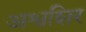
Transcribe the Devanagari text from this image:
अश्वशिर